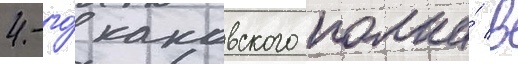
4-го́ каковского полка́ в